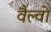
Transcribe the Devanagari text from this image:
वैल्वो